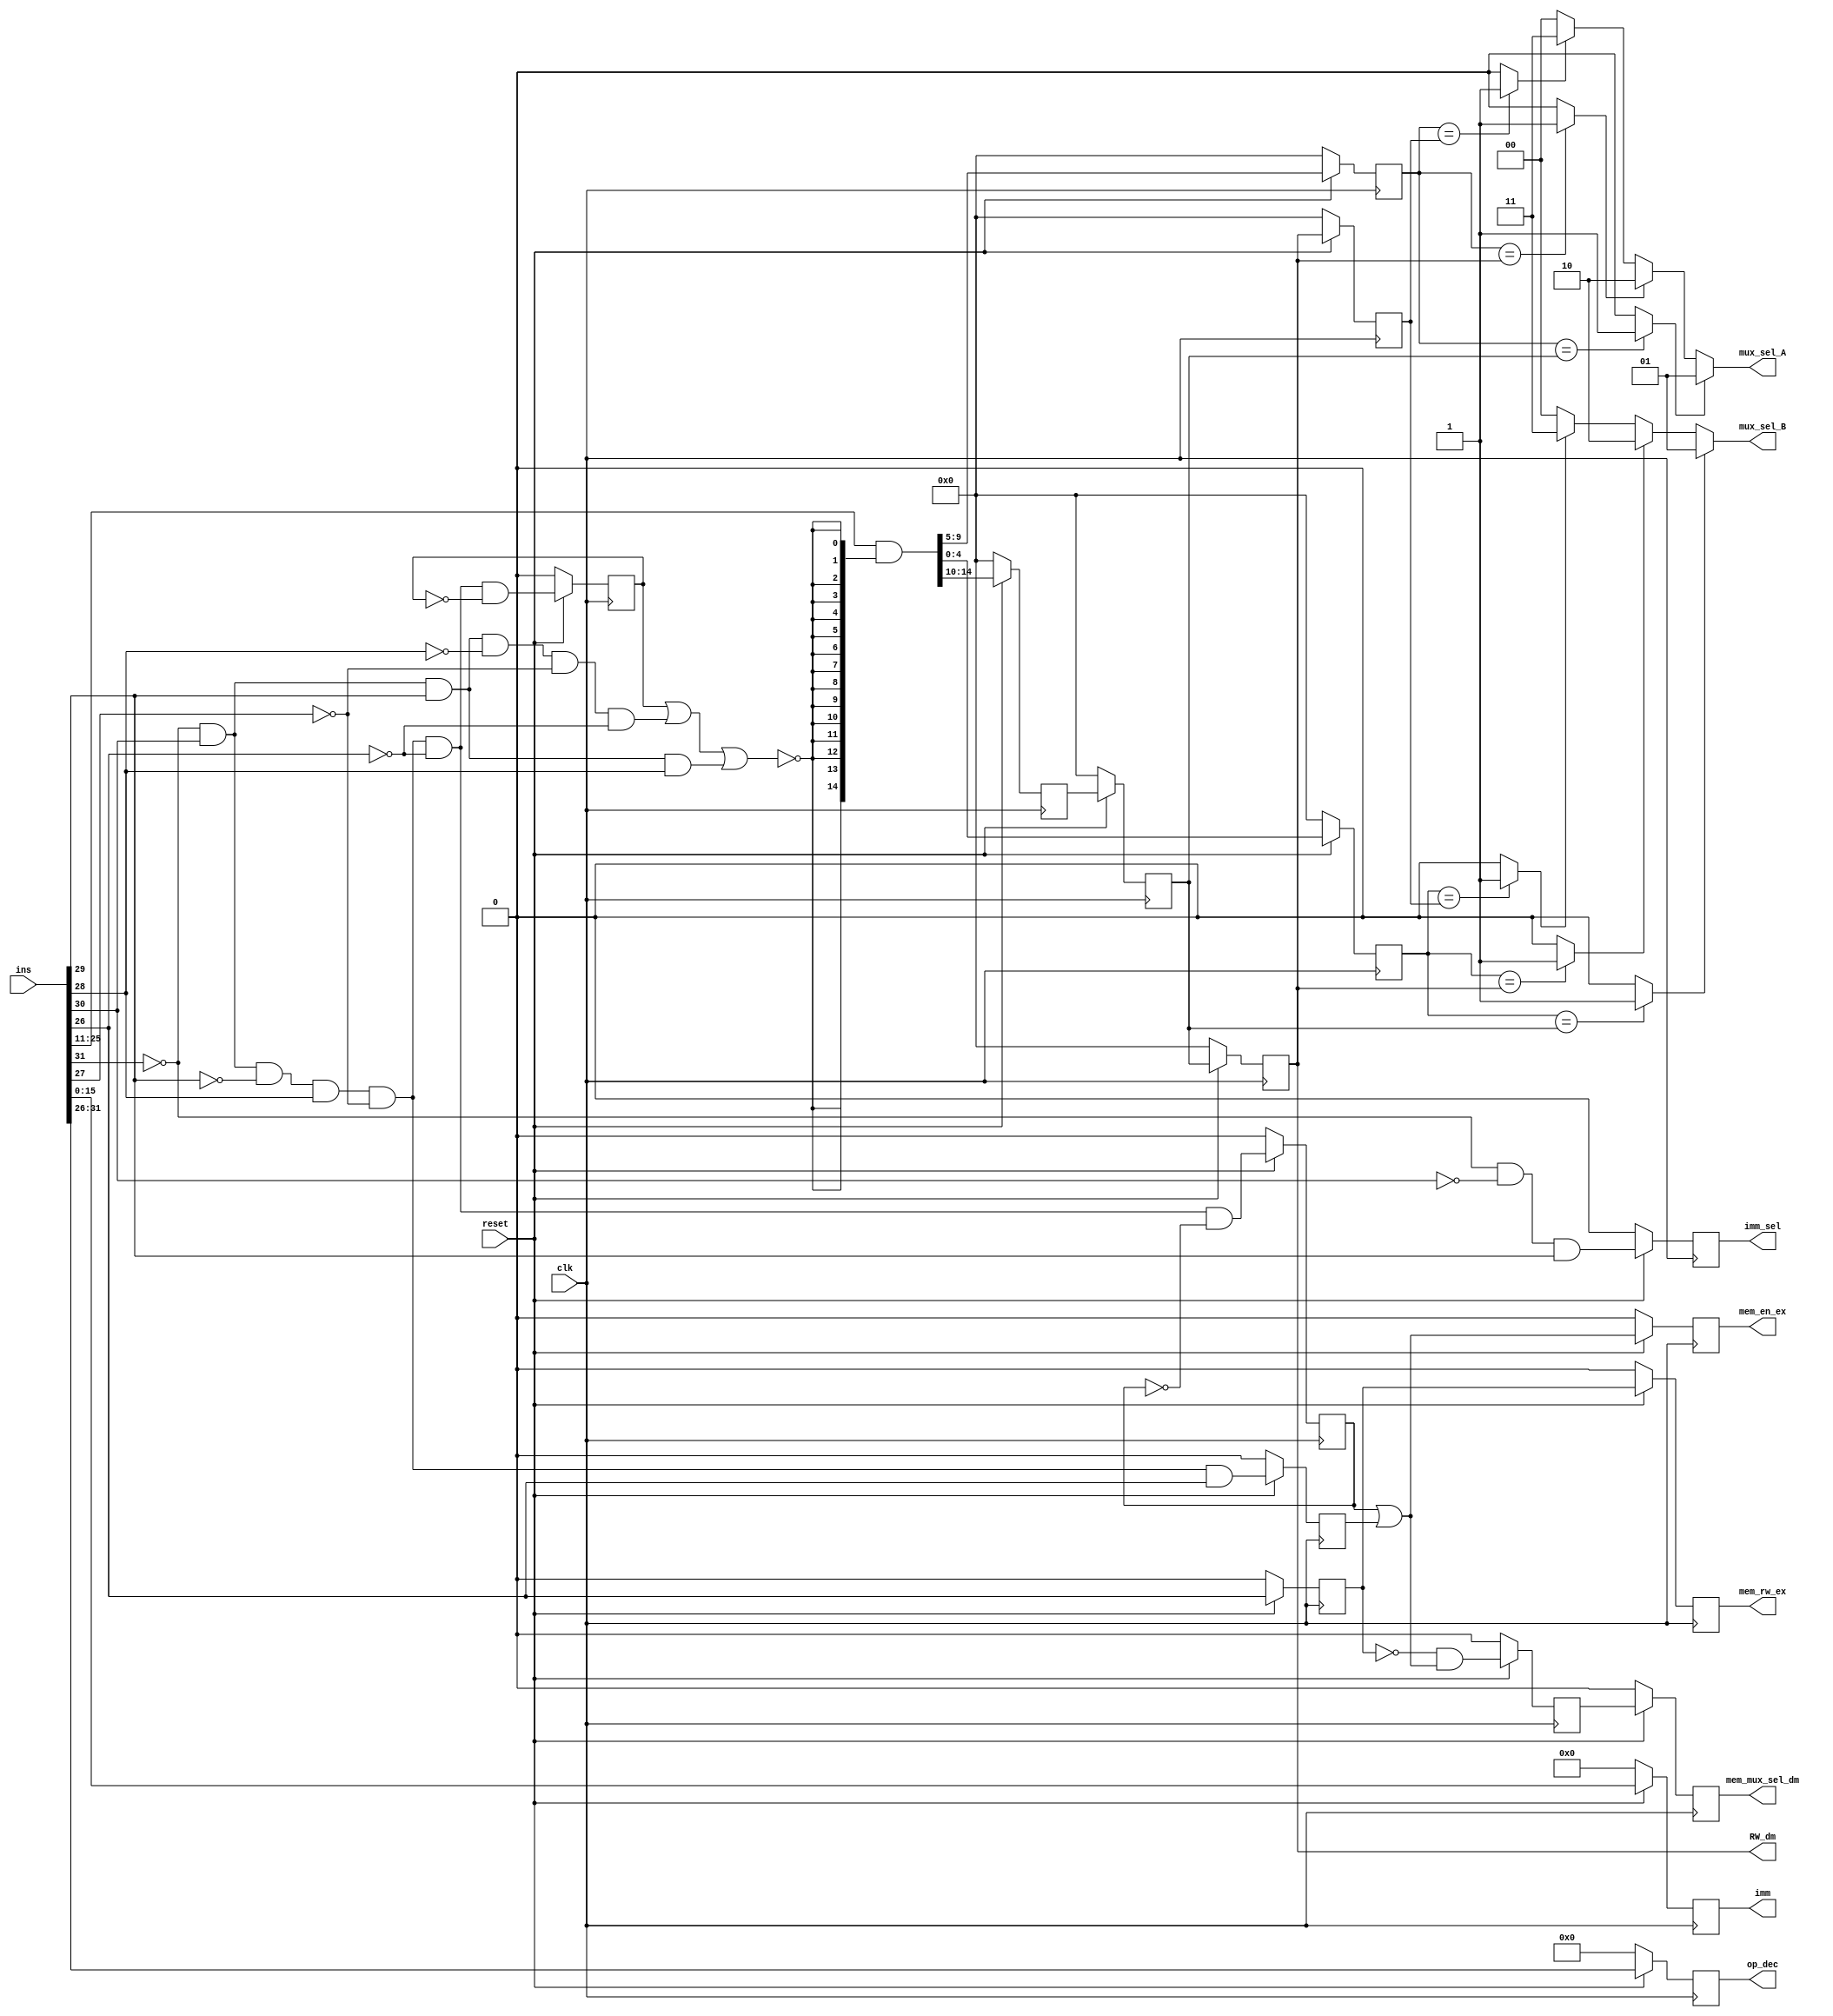
`timescale 1ns / 1ps
//----------------------------------------------------------------------
//Module Name :- Dependency Check and Instruction Decode Block
//----------------------------------------------------------------------

module DC_block(imm, op_dec, RW_dm, mux_sel_A, mux_sel_B, imm_sel, mem_rw_ex, mem_mux_sel_dm, mem_en_ex, ins, clk, reset);

output reg [15:0] imm;
output reg [5:0] op_dec;
output reg [4:0] RW_dm;
output [1:0] mux_sel_A;
output [1:0] mux_sel_B;
output reg imm_sel, mem_rw_ex, mem_mux_sel_dm, mem_en_ex;

input [31:0] ins;
input clk;
input reset;

wire [15:0] imm_temp;
wire [14:0] block_bus, ins_block;
wire [4:0] RA_dec_temp, RB_dec_temp, RW_dec_temp, RW_ex_temp, RW_dm_temp, RW_wb_temp;
wire [5:0] op_dec_temp;
wire jmp, jmp_cond, ld_with_fb, immediate, ld, st, block_bit, RA_comp_ex, RA_comp_dm, RA_comp_wb, RB_comp_ex, RB_comp_dm, RB_comp_wb, mem_en_ld, mem_en_dec;
wire ld_fb_temp, mem_rw_dec_temp, mem_en_ld_temp, mem_en_ld_dec_temp, st_temp, mem_en_st_dec_temp, mem_rw_ex_temp, mem_mux_sel_ex_temp, mem_en_ex_temp, mem_mux_sel_dm_temp, imm_sel_temp;

reg [4:0] RA_dec, RB_dec, RW_dec, RW_ex, RW_wb;
reg ld_fb, mem_rw_dec, mem_en_ld_dec, mem_en_st_dec, mem_mux_sel_ex;

assign jmp = ~ins[31] & ins[30] & ins[29] & ~ins[28] & ~ins[27] & ~ins[26];
assign jmp_cond = ~ins[31] & ins[30] & ins[29] & ins[28];
assign ld_with_fb = ~ins[31] & ins[30] & ~ins[29] & ins[28] & ~ins[27] & ~ins[26] & ~ld_fb;
assign immediate = ~ins[31] & ~ins[30] & ins[29];
assign ld = ~ins[31] & ins[30] & ~ins[29] & ins[28] & ~ins[27] & ~ins[26];
assign st = ~ins[31] & ins[30] & ~ins[29] & ins[28] & ~ins[27] & ins[26];

assign block_bit = ~(ld_fb | jmp | jmp_cond);
assign block_bus = {block_bit,block_bit,block_bit,block_bit,block_bit,block_bit,block_bit,block_bit,block_bit,block_bit,block_bit,block_bit,block_bit,block_bit,block_bit};
assign ins_block = ins[25:11] & block_bus;

assign mem_en_ld = ld & ~mem_en_ld_dec;
assign mem_en_dec = mem_en_ld_dec | mem_en_st_dec;
assign mem_mux_sel_dec = ~mem_rw_dec & mem_en_dec;

assign RA_comp_ex = (RA_dec == RW_ex) ? 1'b1 : 1'b0;
assign RA_comp_dm = (RA_dec == RW_dm) ? 1'b1 : 1'b0;
assign RA_comp_wb = (RA_dec == RW_wb) ? 1'b1 : 1'b0;

assign RB_comp_ex = (RB_dec == RW_ex) ? 1'b1 : 1'b0;
assign RB_comp_dm = (RB_dec == RW_dm) ? 1'b1 : 1'b0;
assign RB_comp_wb = (RB_dec == RW_wb) ? 1'b1 : 1'b0;

assign mux_sel_A = (RA_comp_ex == 1'b1) ? 2'b01 : ((RA_comp_dm == 1'b1) ? 2'b10 : ((RA_comp_wb == 1'b1) ? 2'b11 : 2'b00));
assign mux_sel_B = (RB_comp_ex == 1'b1) ? 2'b01 : ((RB_comp_dm == 1'b1) ? 2'b10 : ((RB_comp_wb == 1'b1) ? 2'b11 : 2'b00));

assign imm_temp = (reset == 1'b0)? 8'b0 : ins[15:0];
assign RA_dec_temp = (reset == 1'b0)? 5'b0 : ins_block[9:5];
assign RB_dec_temp = (reset == 1'b0)? 5'b0 : ins_block[4:0];
assign RW_dec_temp = (reset == 1'b0)? 5'b0 : ins_block[14:10];
assign RW_ex_temp = (reset == 1'b0)? 5'b0 : RW_dec;
assign RW_dm_temp = (reset == 1'b0)? 5'b0 : RW_ex;
assign RW_wb_temp = (reset == 1'b0)? 5'b0 : RW_dm;
assign op_dec_temp = (reset == 1'b0)? 6'b0 : ins[31:26];
assign ld_fb_temp = (reset == 1'b0)? 1'b0 : ld_with_fb;
assign mem_rw_dec_temp = (reset == 1'b0)? 1'b0 : ins[26];
assign mem_en_ld_dec_temp = (reset == 1'b0)? 1'b0 : mem_en_ld;
assign mem_en_st_dec_temp = (reset == 1'b0)? 1'b0 : st;
assign mem_rw_ex_temp = (reset == 1'b0)? 1'b0 : mem_rw_dec;
assign mem_mux_sel_ex_temp = (reset == 1'b0)? 1'b0 : mem_mux_sel_dec;
assign mem_en_ex_temp = (reset == 1'b0)? 1'b0 : mem_en_dec;
assign mem_mux_sel_dm_temp = (reset == 1'b0)? 1'b0 : mem_mux_sel_ex;
assign imm_sel_temp = (reset == 1'b0)? 1'b0 : immediate;

always@(posedge clk)
begin
	imm <= imm_temp;
	RA_dec <= RA_dec_temp;
	RB_dec <= RB_dec_temp;
	RW_dec <= RW_dec_temp;
	RW_ex <= RW_ex_temp;
	RW_dm <= RW_dm_temp;
	RW_wb <= RW_wb_temp;
	op_dec <= op_dec_temp;
	ld_fb <= ld_fb_temp;
	mem_rw_dec <= mem_rw_dec_temp;
	mem_en_ld_dec <= mem_en_ld_dec_temp;
	mem_en_st_dec <= mem_en_st_dec_temp;
	mem_rw_ex <= mem_rw_ex_temp;
	mem_mux_sel_ex <= mem_mux_sel_ex_temp;
	mem_en_ex <= mem_en_ex_temp;
	mem_mux_sel_dm <= mem_mux_sel_dm_temp;
	imm_sel <= imm_sel_temp;
end

endmodule